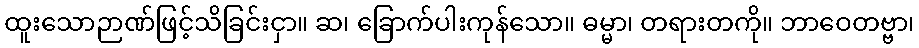
ထူးသောဉာဏ်ဖြင့်သိခြင်းငှာ။ ဆ၊ ခြောက်ပါးကုန်သော။ ဓမ္မာ၊ တရားတကို။ ဘာဝေတဗ္ဗာ၊